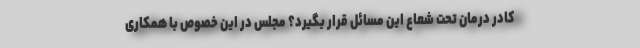
کادر درمان تحت شعاع این مسائل قرار بگیرد؟ مجلس در این خصوص با همکاری